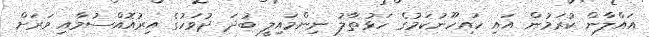
އައްލާން ކުރަމުން އައި ހައިހޫނުކަމުގެ ހަޅުތާލު ނިންމައިލީ ބުދަ ދުވަހުގެ އިރުއޮއްސުމާއި ވަރަށް